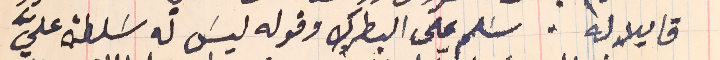
قايلا له. سَلم على البطرك وقوله ليسَ له سَلطة عليَّ